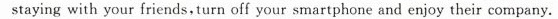
staying with your friends,turn off your smartphone and enjoy their company.